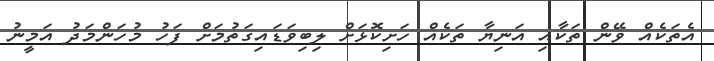
އެތަކެއް ވޭން ތަކާއި އަނިޔާ ތަކެއް ހަށިކޮޅަށް ލިބިވަޑައިގަތުމަށް ފަހު މުހަންމަދު އަމީނު